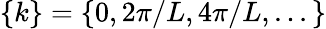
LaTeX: \{ k\} =\{ 0,2\pi/L,4\pi/L,...\}